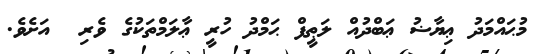
މުޙައްމަދު ޢިޔާޟު ޢަބްދުއް ލަޠީފް ޙަމްދު ހުރީ ޢާލަމްތަކުގެ ވެރި  އަށެވެ.